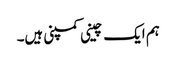
ہم ایک چینی کمپنی ہیں۔